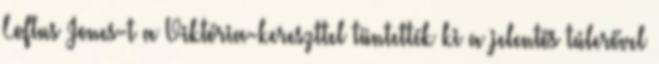
Loftus Jones-t a Viktória-kereszttel tüntették ki a jelentős túlerővel